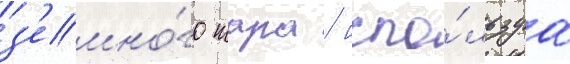
з'емно́го шара / испо́льзуа